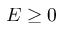
E \geq 0